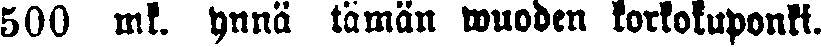
500 mk. ynnä tämän wuoden korkokuponki.